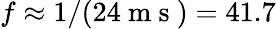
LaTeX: f\approx 1/(24\mathrm{~m~s~})=41.7